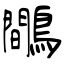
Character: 鷼